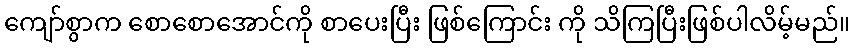
ကျော်စွာက စောစောအောင်ကို စာပေးပြီး ဖြစ်ကြောင်း ကို သိကြပြီးဖြစ်ပါလိမ့်မည်။